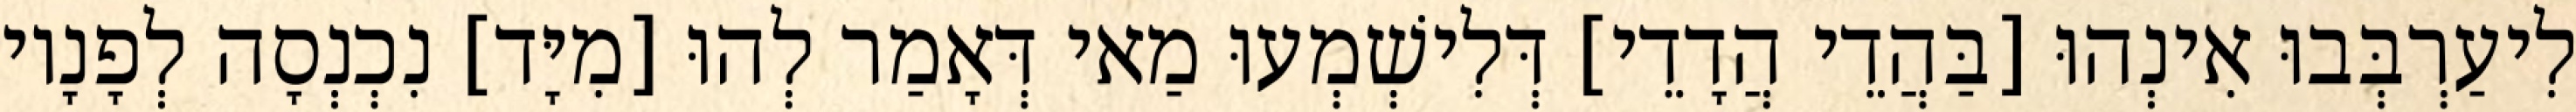
לִיעַרְבְּבוּ אִינְהוּ [בַּהֲדֵי הֲדָדֵי] דְּלִישְׁמְעוּ מַאי דְּאָמַר לְהוּ [מִיָּד] נִכְנְסָה לְפָנָיו